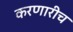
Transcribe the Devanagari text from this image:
करणारीच